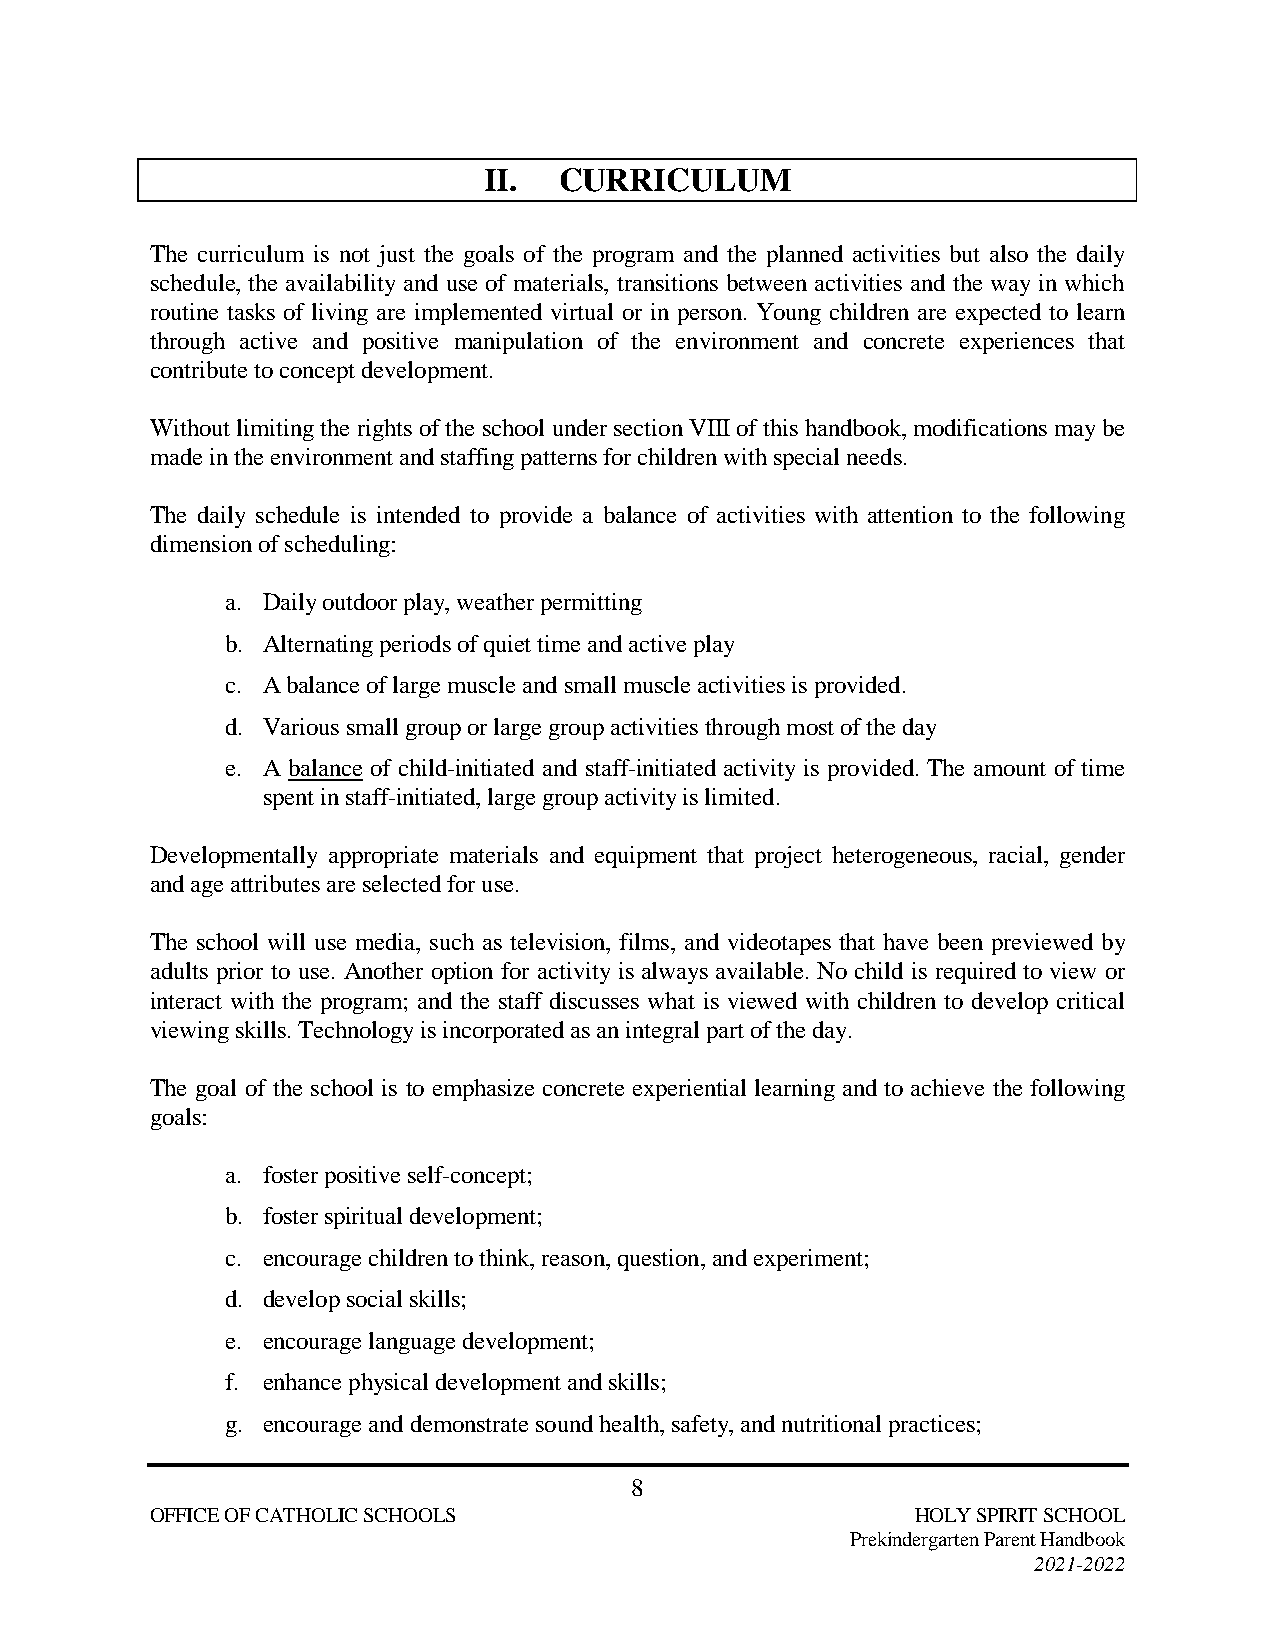
II.  CURRICULUM
 The curriculum is not just the goals of the program and the planned activities but also the daily
 schedule, the availability and use of materials, transitions between activities and the way in which
 routine tasks of living are implemented virtual or in person. Young children are expected to learn
 through active and positive manipulation of the environment and concrete experiences that
 contribute to concept development.
 Without limiting the rights of the school under section VIII of this handbook, modifications may be
 made in the environment and staffing patterns for children with special needs.
 The daily schedule is intended to provide a balance of activities with attention to the following
 dimension of scheduling:
 a. Daily outdoor play, weather permitting
 b. Alternating periods of quiet time and active play
 c. A balance of large muscle and small muscle activities is provided.
 d. Various small group or large group activities through most of the day
 e. A balance of child-initiated and staff-initiated activity is provided. The amount of time
 spent in staff-initiated, large group activity is limited.
 Developmentally appropriate materials and equipment that project heterogeneous, racial, gender
 and age attributes are selected for use.
 The school will use media, such as television, films, and videotapes that have been previewed by
 adults prior to use. Another option for activity is always available. No child is required to view or
 interact with the program; and the staff discusses what is viewed with children to develop critical
 viewing skills. Technology is incorporated as an integral part of the day.
 The goal of the school is to emphasize concrete experiential learning and to achieve the following
 goals:
 a. foster positive self-concept;
 b. foster spiritual development;
 c. encourage children to think, reason, question, and experiment;
 d. develop social skills;
 e. encourage language development;
 f. enhance physical development and skills;
 g. encourage and demonstrate sound health, safety, and nutritional practices;
 8
 OFFICE OF CATHOLIC SCHOOLS                         HOLY SPIRIT SCHOOL
 Prekindergarten Parent Handbook
 2021-2022